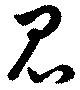
昆